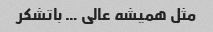
مثل همیشه عالی … باتشکر